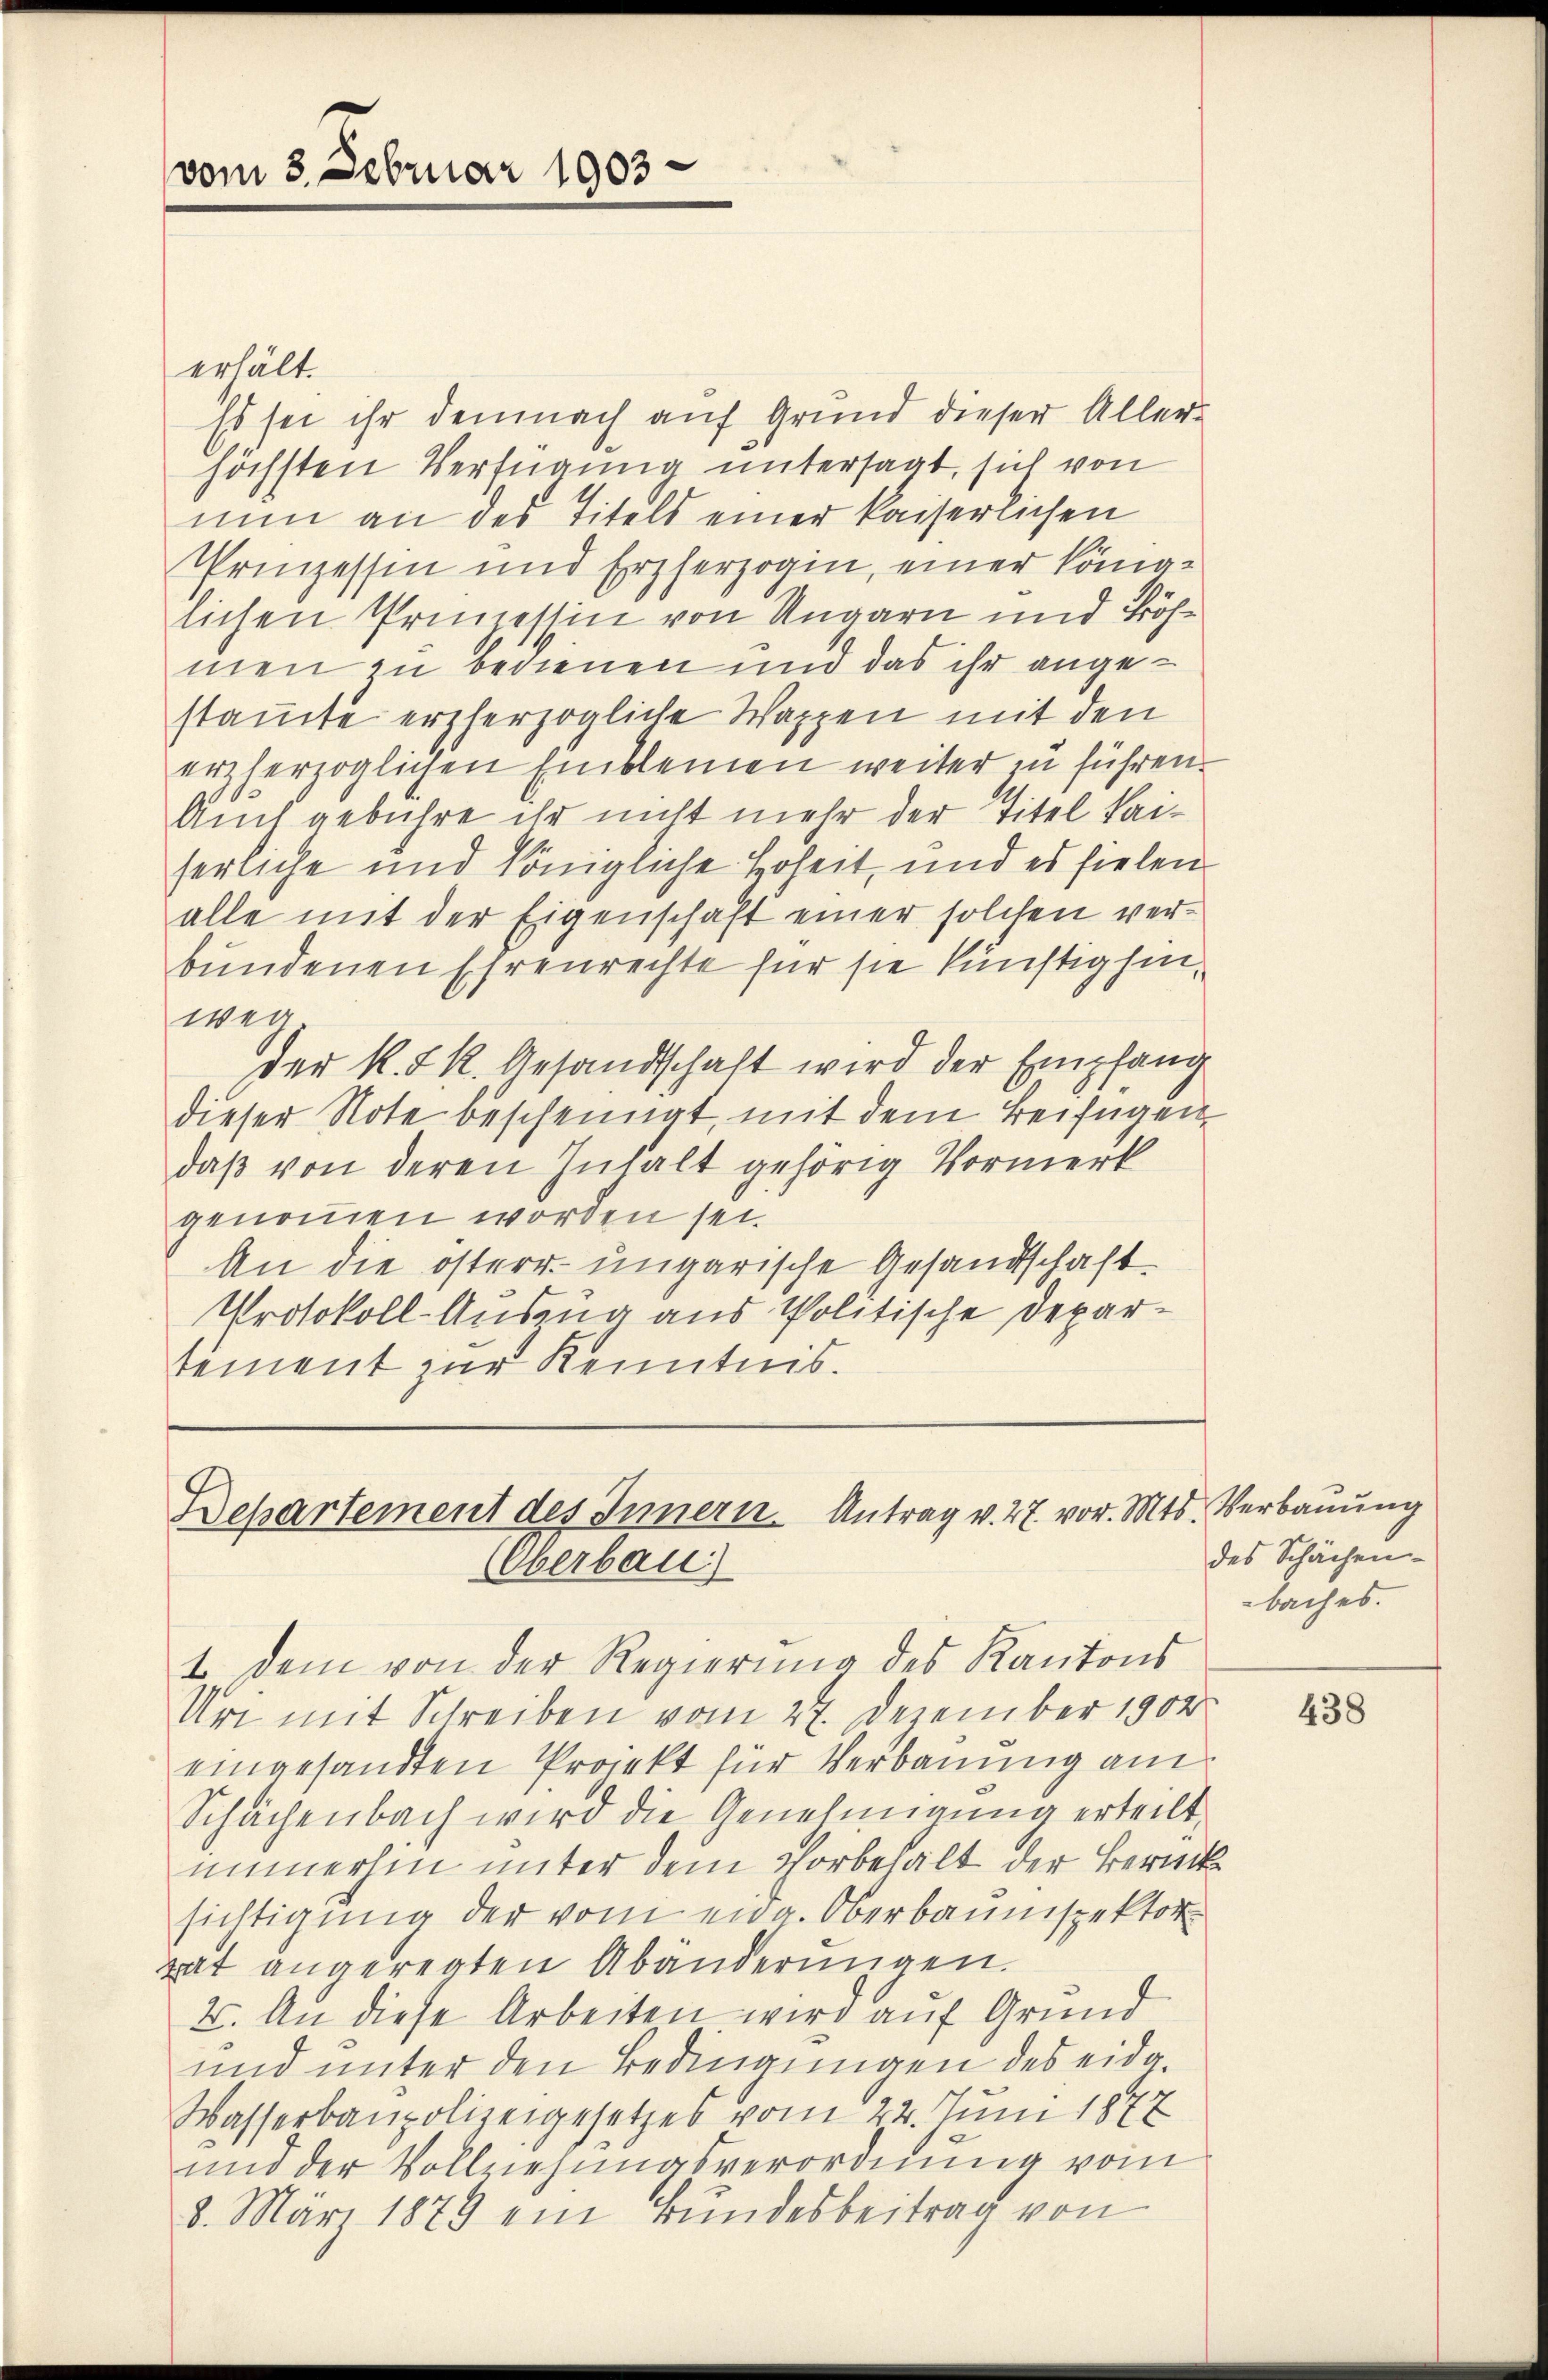
vom 3. Februar 1903

erhält.
Es sei ihr demnach auf Grund dieser Aller-
höchsten Verfügung untersagt, sich von
nun an des Titels einer kaiserlichen
Prinzessin und Erzherzogin, einer Königlichen Promessin von Ungarn und Böhmen zu bedienen und das ihr angestamte erzherzogliche Wappen mit den
erzherzoglichen Einkleinen weiter zu führen.
Auch gebühre ihr nicht mehr der Titel kaiserliche und königliche Hoheit, und es fielen
alle mit der Eigenschaft einer solchen verbundenen Ehrenrechte für sie künstig hinweg
der k. k. Gesandtschaft wird der Empfang
dieser Note bescheinigt, mit dem Beifügen
daβ von deren Inhalt gehörig Vormerk
genommen worden sei.
An die österr. ungarische Gesandschaft
Protokoll-Auszug aus Politische Departement zur Kenntnis.

Departement des Innern. Antrag v. 27. vor. Mts. Verbauung
Oberbau)
1. Dem von der Regierung des Kantons

Ur mit Schreiben vom 27. Dezember 1902
eingesandten Projekt für Verbauung am
Schächenbach wird die Genehmigung erteilt,
immerhin unter dem Thorbehalt der Berücksichtigung der vom eidg. Oberbaumspektor
gat angeregten Abänderungen.
2. An diese Arbeiten wird auf Grund
und unter den Bedingungen des eidg¬
Wasserbaupolizeigesetzes vom 22. Juni 1877
und der Vollziehŭngsverordnŭng vom
8. März 1879 ein Bundesbeitrag von

des Schächen.
baches.

438